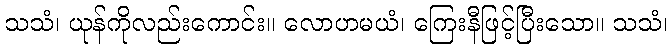
သသံ၊ ယုန်ကိုလည်းကောင်း။ လောဟမယံ၊ ကြေးနီဖြင့်ပြီးသော။ သသံ၊